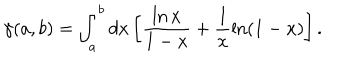
\gamma ( a , b ) = \int _ { a } ^ { b } d x \left[ \frac { \ln x } { 1 - x } + \frac { 1 } { x } \ln ( 1 - x ) \right] .